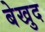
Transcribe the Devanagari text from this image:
बेखुद